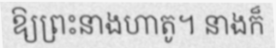
ឱ្យព្រះនាងហាតូ។ នាងក៏